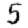
Digit: 5